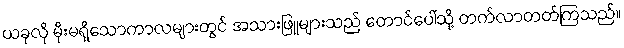
ယခုလို မိုးမရှိသောကာလများတွင် အသားဖြူများသည် တောင်ပေါ်သို့ တက်လာတတ်ကြသည်။